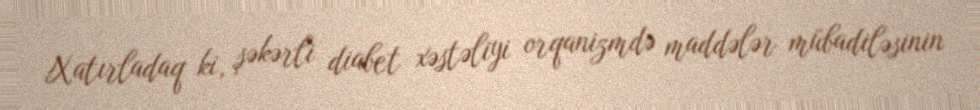
Xatırladaq ki, şəkərli diabet xəstəliyi orqanizmdə maddələr mübadiləsinin